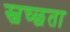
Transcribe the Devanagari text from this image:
स्वच्‍छता